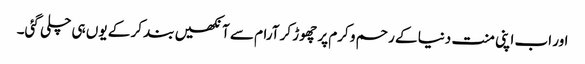
اور اب اپنی منت دنیا کے رحم و کرم پر چھوڑ کر آرام سے آنکھیں بند کر کے یوں ہی چلی گئی۔